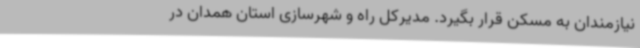
نیازمندان به مسکن قرار بگیرد. مدیرکل راه و شهرسازی استان همدان در